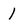
Character: 1